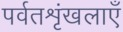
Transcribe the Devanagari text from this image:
पर्वतशृंखलाएँ